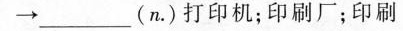
\to ___(n\cdot )打印机；印刷厂；印刷